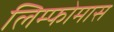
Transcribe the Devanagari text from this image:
लिम्‍फोमास